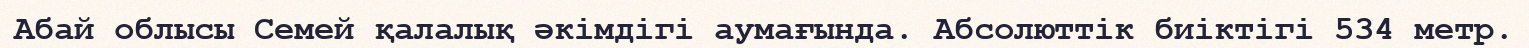
Абай облысы Семей қалалық әкімдігі аумағында. Абсолюттік биіктігі 534 метр.